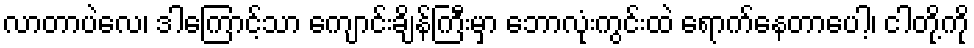
လာတာပဲလေ၊ ဒါကြောင့်သာ ကျောင်းချိန်ကြီးမှာ ဘောလုံးကွင်းထဲ ရောက်နေတာပေါ့၊ ငါတို့ကို